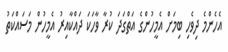
އެހެންމެ ދިވެހި ބިމަށް އެމީހުންގެ އަތްގަދަ ކުރާ ވާހަކަ ދައްކާއިރު އެމީހުން މަސައްކަތު